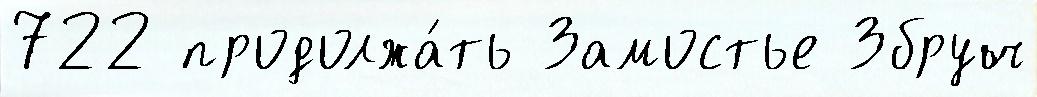
722 продолжа́ть Замостье Збруч